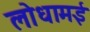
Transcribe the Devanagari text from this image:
लोधामई